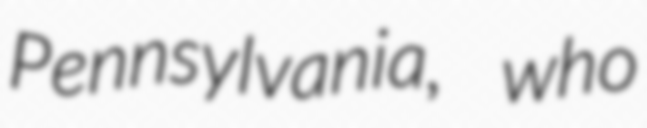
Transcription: Pennsylvania, who